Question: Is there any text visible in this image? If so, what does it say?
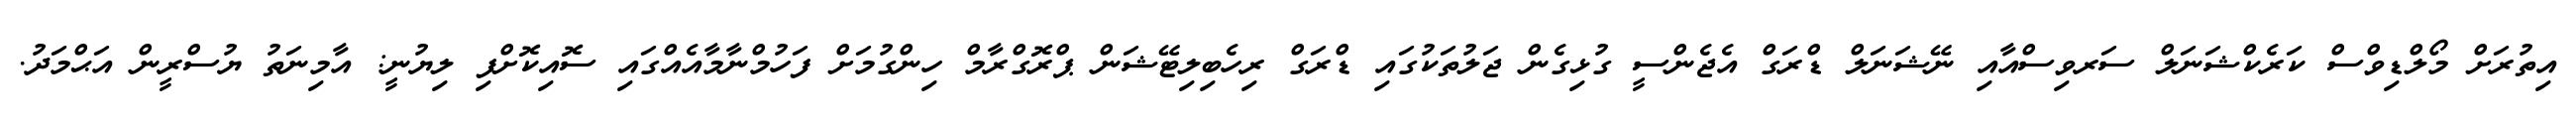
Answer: އިތުރަށް މޯލްޑިވްސް ކަރެކްޝަނަލް ސަރވިސްއާއި ނޭޝަނަލް ޑްރަގް އެޖެންސީ ގުޅިގެން ޖަލުތަކުގައި ޑްރަގް ރިހެބިލިޓޭޝަން ޕްރޮގްރާމް ހިންގުމަށް ފަހުމްނާމާއެއްގައި ސޮއިކޮށްފި ލިޔުނީ: އާމިނަތު ޔުސްރީން އަޙްމަދު.